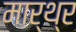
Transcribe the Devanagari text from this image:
मार्थ्र